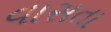
વાસતા